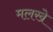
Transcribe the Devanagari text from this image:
मलखे